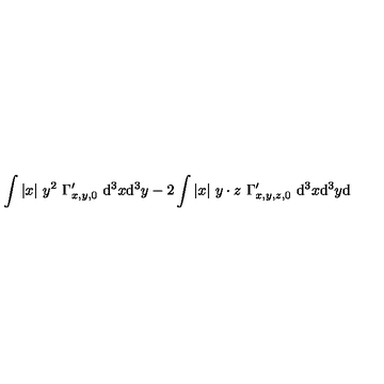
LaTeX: \int | x | \ y ^ { 2 } \ \Gamma _ { x , y , 0 } ^ { \prime } \ \mathrm { d } ^ { 3 } x \mathrm { d } ^ { 3 } y - 2 \int | x | \ y \cdot z \ \Gamma _ { x , y , z , 0 } ^ { \prime } \ \mathrm { d } ^ { 3 } x \mathrm { d } ^ { 3 } y \mathrm { d }